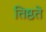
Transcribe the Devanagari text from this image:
तिष्ठते